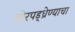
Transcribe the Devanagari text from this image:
घोरपड्ध्रेण्याचा